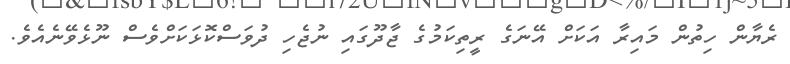
ރެޔާން ހިތުން މައިރާ އަކަށް އޭނަގެ ރީތިކަމުގެ ޖާދޫގައި ނުޖެހި ދުވަސްކޮޅަކަށްވެސް ނޫޅެވޭނެއެވެ.